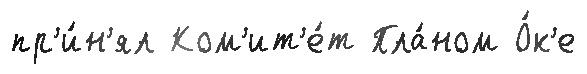
пр'и́н'ял Ком'ит'е́т Пла́ном О́к'е